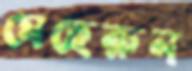
মেহেরুন